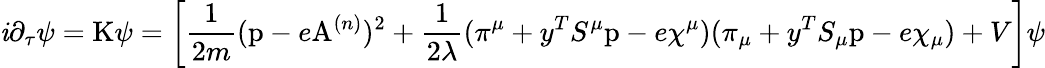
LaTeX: \mathit{i}\partial_{\tau}\psi=\mathrm{{K}}\psi=\left[\frac{{1}}{{2m}}(\mathrm{{p}}-e\mathrm{{A}}^{(n)})^{2}+\frac{{1}}{{2\lambda}}(\pi^{\mu}+y^{T}S^{\mu}\mathrm{{p}}-e\chi^{\mu})(\pi_{\mu}+y^{T}S_{\mu}\mathrm{{p}}-e\chi_{\mu})+V\right]\psi